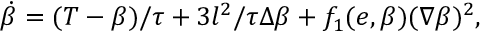
\begin{array} { r } { \dot { \beta } = ( T - \beta ) / \tau + 3 l ^ { 2 } / \tau \Delta \beta + f _ { 1 } ( e , \beta ) ( \nabla \beta ) ^ { 2 } , } \end{array}